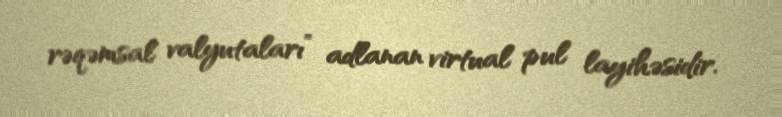
rəqəmsal valyutaları” adlanan virtual pul layihəsidir.